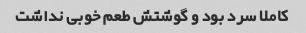
کاملا سرد بود و گوشتش طعم خوبی نداشت